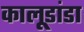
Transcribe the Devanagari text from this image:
कालूडांडा